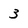
Character: 3